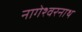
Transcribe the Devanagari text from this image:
नागेश्वरनाथ